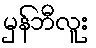
မှန်ဘီလူး